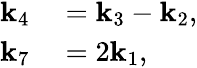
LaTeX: \begin{array}{rl}{\mathbf{k}_{4}}&{{}=\mathbf{k}_{3}-\mathbf{k}_{2},}\\ {\mathbf{k}_{7}}&{{}=2\mathbf{k}_{1},}\end{array}